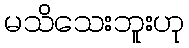
မသိသေးဘူးဟု